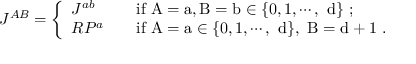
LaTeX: J ^ { A B } = \left\{ \begin{array} { l l } { { J ^ { a b } } } & { { \mathrm { i f ~ A = a , B = b \in \{ 0 , 1 , \cdots , ~ d \} ~ ; } } } \\ { { R P ^ { a } \quad } } & { { \mathrm { i f ~ A = a \in \{ 0 , 1 , \cdots , ~ d \} , ~ B = d + 1 ~ . } } } \end{array} \right.